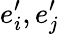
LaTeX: e_{i}^{\prime},e_{j}^{\prime}